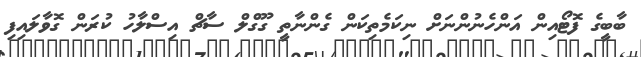
ބާބީގެ ފޮޓޯއިން އަންހެނުންނަށް ނިކަމެތިކަން ގެންނާތީ ގޫގްލް ސާޗް އިސްލާހު ކުރަން ގޮވާލައިފި